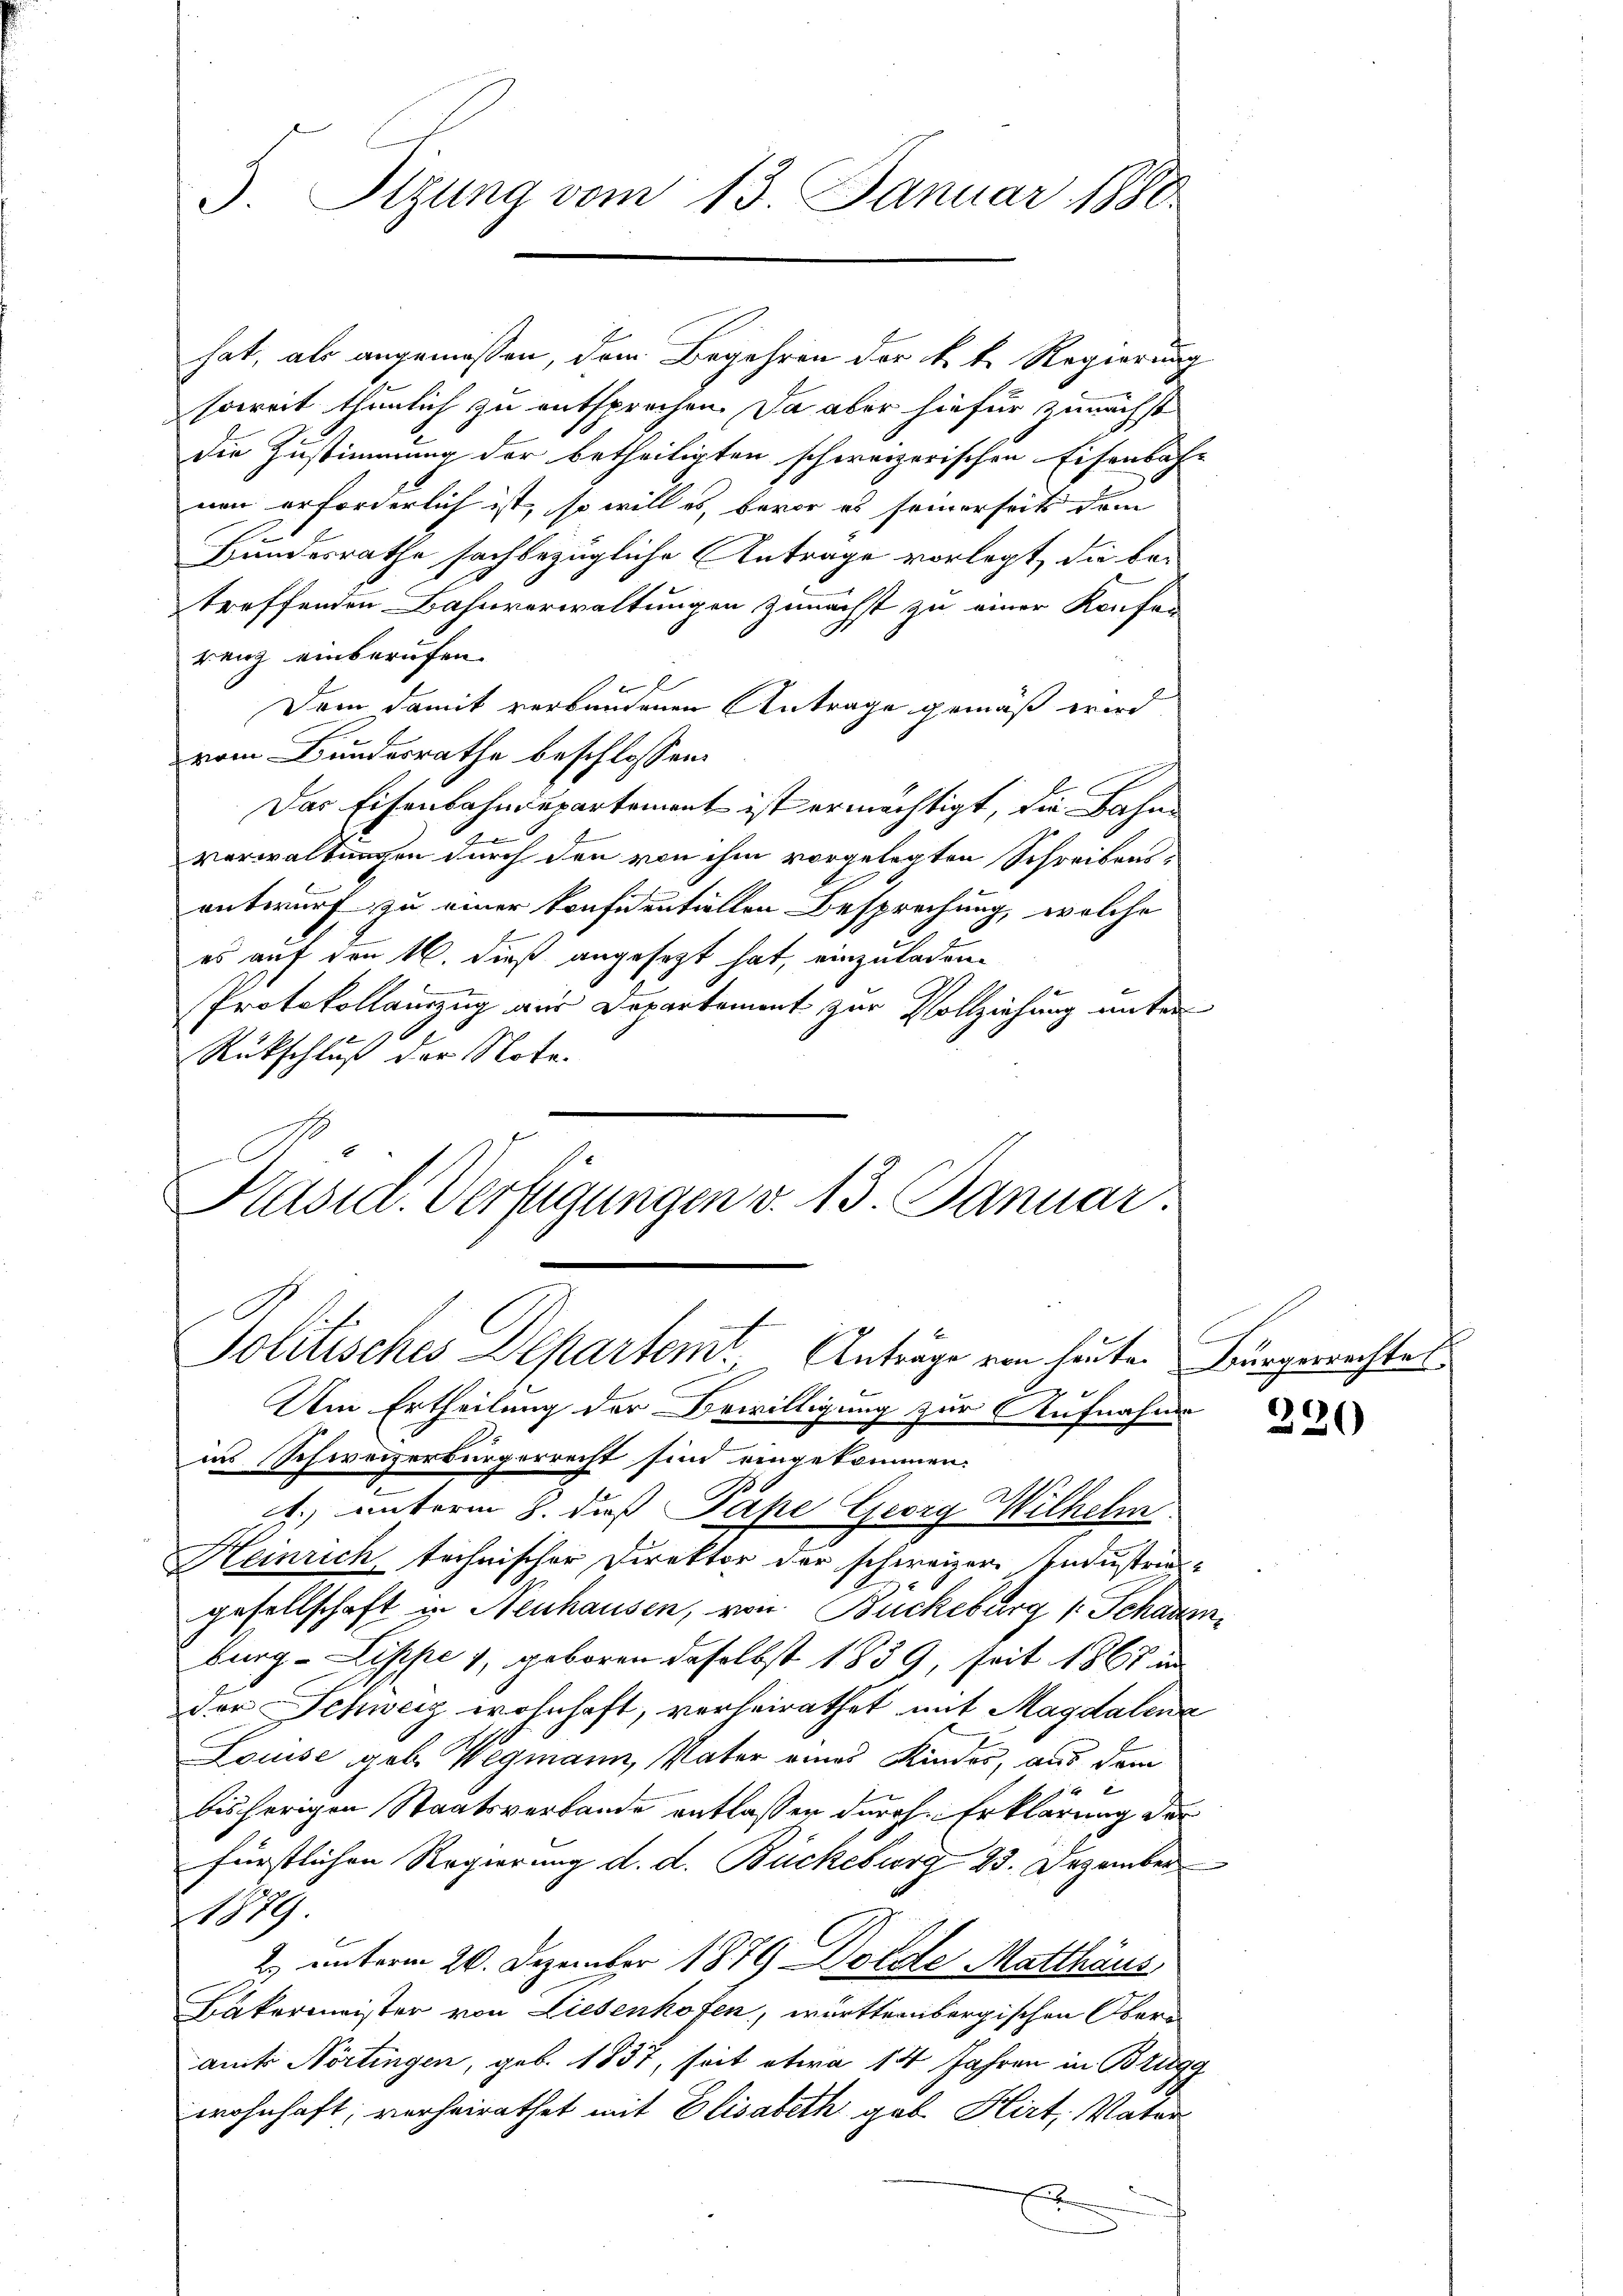
5. Sizung vom 13. Januar 1880

hat, als angemessen, dem Begehren der k. k. Regierung
soweit thunlich zu entsprechen. Da aber hiefür zunächst
die Zustimmung der betheiligten schweizerischen Eisenbach-
von erforderlich ist, so will es, bevor es seinerseits dem
Bundesrathe sachbezügliche Antrage vorlegt, die betreffenden Bahnverwaltungen zunächst zu einer Konfes
renz einberufen.
Dem damit verbundener Antrage gemäß wird
vom Bundesrathe beschlossen:
Das Eisenbahndepartement ist ermächtigt, die Bahne
verwaltungen durch den von ihm vorgelegten Schreibensentwurf zu einer konfidentiellen Besprechung, welche
es auf den 16. dieß angesezt hat, einzuladen.
Protokollauszug aus Departement zur Vollziehung unter
Rückschluß der Note.
Präsid. Verfügungen v. 13. Januar.

A
Politisches Departem Anträge von heute. Bürgerrachtes
r

Um Ertheilung der Bewilligung zur Aufnahme
ins Schweizerbürgerrecht sind eingekommen.
1) unterm 8. daß Pape Georg Wilhelm
Heinrich technischer Direktor der schweizer Industries
gesellschaft in Neuhausen, von Buckeburg Schaumburg - Lippe 1, geboren daselbst 1839, seit 1867 in
dor Schweiz wohnhaft, verheirathet mit Magdalena
Louise geb. Wegmann, Vater eines Kindes, aus dem
x
bisherigen Staatsverbande entlassen durch Erklärung der
fürstlichen Regierung d. d. Bückeburg 23. Dezember
1879
2. unterm 20. Dezember 1879 Dolde Matthäus
Bäkermeister von Liebenhofen, württembergischen Oberamts Nörtingen, geb. 1837, seit etwa 14 Jahren in Brugg
wohnhaft, verheirathet mit Elisabeth geb. Hirt, Vater
E

320